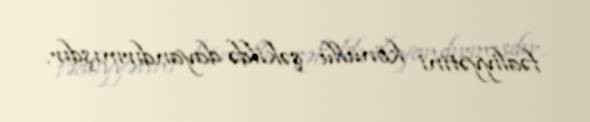
fəaliyyətini könüllü şəkildə dayandırmışdır.